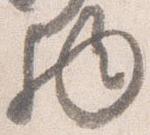
物